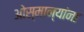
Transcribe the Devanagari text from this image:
ओस्मान्यांना